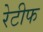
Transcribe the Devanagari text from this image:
रेटीफ